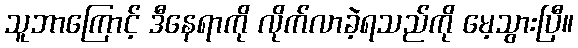
သူဘာကြောင့် ဒီနေရာကို လိုက်လာခဲ့ရသည်ကို မေ့သွားပြီ။